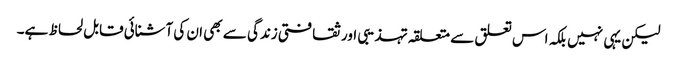
لیکن یہی نہیں بلکہ اس تعلق سے متعلقہ تہذیبی اور ثقافتی زندگی سے بھی ان کی آشنائی قابل لحاظ ہے۔